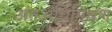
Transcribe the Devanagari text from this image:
अंतअधिमिश्रण